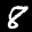
Label: 8